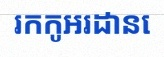
រកកូអរដោនេ